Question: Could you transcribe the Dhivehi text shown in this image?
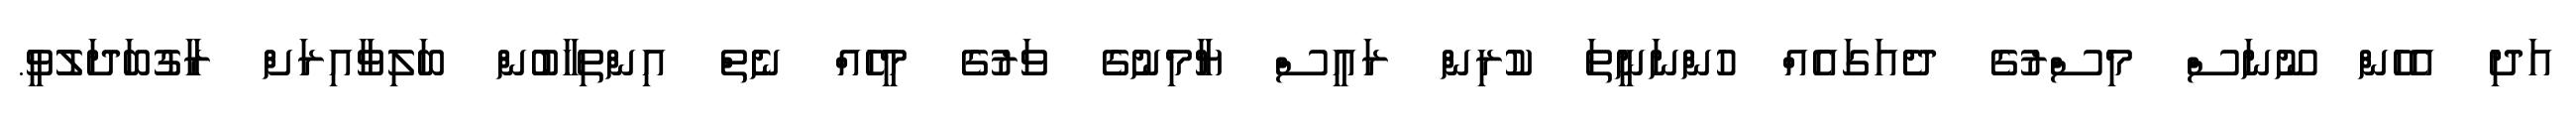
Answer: އަދި އެހެން ނޫނަސް މިސްރުގެ ދެއަގައެއް ހުންނަނީތަ ކުރިން ރައީސް ޔާމިނުގެ ވަރުގެ މީހެއް ނެތް އިންތިހާބުން ބަލިވާއިރަށް ރާގުބަދަލުވީ.